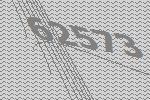
62573